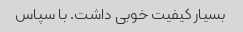
بسیار کیفیت خوبی داشت. با سپاس